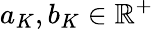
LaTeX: a_{K},b_{K}\in\mathbb{R}^{+}